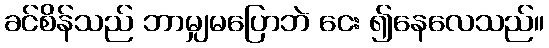
ခင်စိန်သည် ဘာမျှမပြောဘဲ ငေး ၍နေလေသည်။